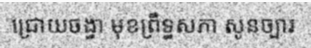
ជ្រោយចង្វា មុខព្រឹទ្ធសភា សូនច្បារ